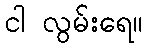
ငါ လွမ်းရေ။